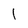
Character: 1